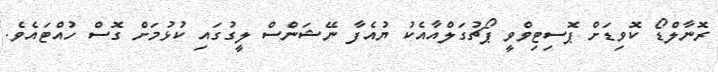
ރޮނާލްޑޯ ކޮވިޑަށް ޕޮސިޓިވްވީ ޕޯޗުގަލްއާއެކު ޔުއެފާ ނޭޝަންސް ލީގުގައި ކުުޅުމަށް ގޮސް ހުއްޓައެވެ.